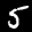
Label: 5